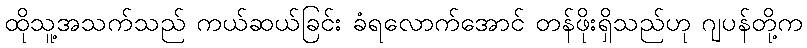
ထိုသူ့အသက်သည် ကယ်ဆယ်ခြင်း ခံရလောက်အောင် တန်ဖိုးရှိသည်ဟု ဂျပန်တို့က